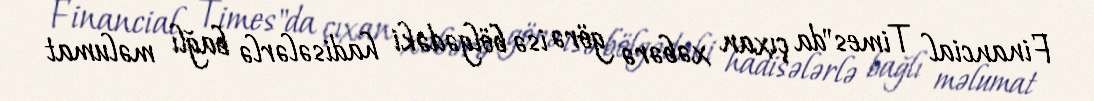
Financial Times"da çıxan xəbərə görə isə bölgədəki hadisələrlə bağlı məlumat